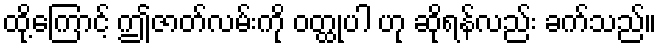
ထို့ကြောင့် ဤဇာတ်လမ်းကို ဝတ္ထုပါ ဟု ဆိုရန်လည်း ခက်သည်။